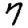
Digit: 7